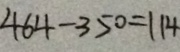
4 6 4 - 3 5 0 = 1 1 4